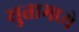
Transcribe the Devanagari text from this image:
युतामध्ये